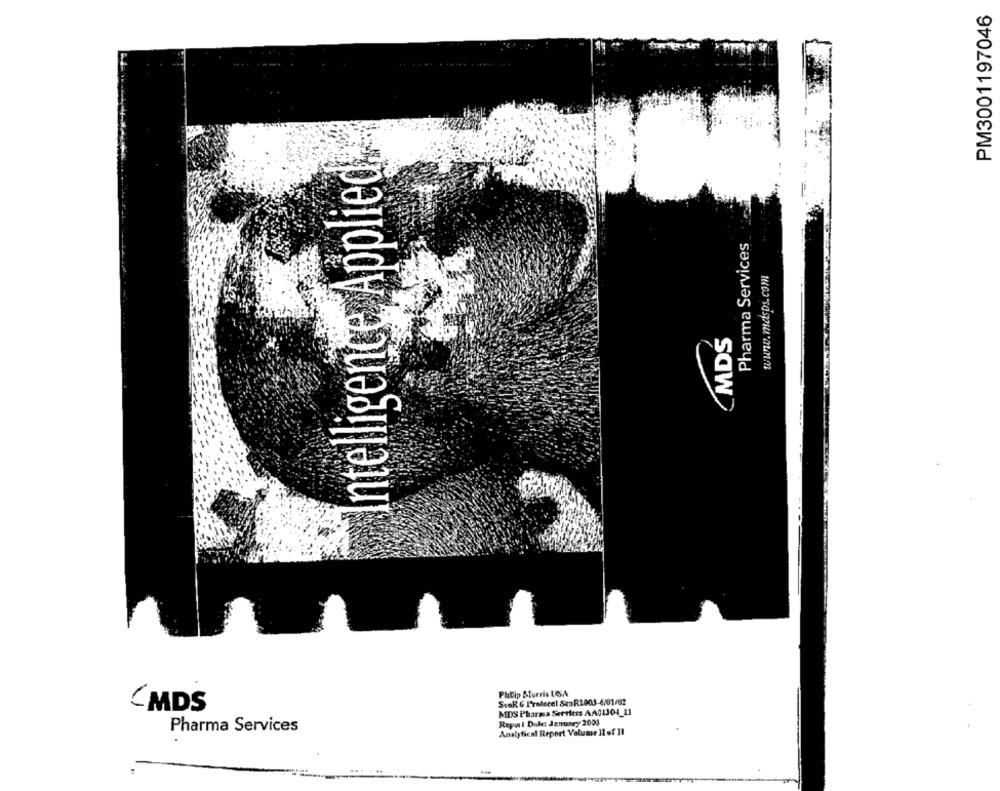
PM3001197046
intelligence Applied
Pharma Services
www.mesps.com
MDS
Philip Morris USA
SteR & Iratecel Sco R2003-4/01/02
CMDS
MDS Pharma Services AA01301_11
Pharma Services
Repul Dole: January 2003
Analytical Report Volume 11 of Il